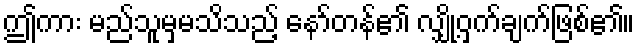
ဤကား မည်သူမှမသိသည့် နော်တန်၏ လျှို့ဝှက်ချက်ဖြစ်၏။